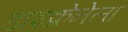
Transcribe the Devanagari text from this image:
डाइक्रेनेला